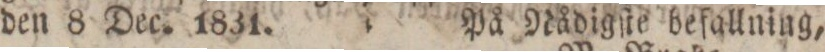
den 8 Dec. 1831.    På Nådigſte befallning,